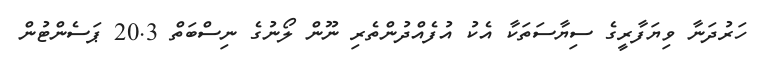
ހަރުދަނާ ވިޔަފާރީގެ ސިޔާސަތަކާ އެކު އުފެއްދުންތެރި ނޫން ލޯނުގެ ނިސްބަތް 20.3 ޕަސެންޓުން